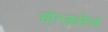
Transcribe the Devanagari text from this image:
ग़ोन्ज़लेज़